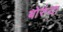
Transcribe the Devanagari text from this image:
बोरुंदा